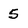
Character: 5